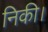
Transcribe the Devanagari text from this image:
निकी।